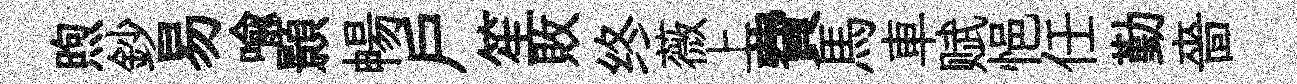
煦鈔易喩顥暢户笙敗终薇上費馬車赋悒任勤嗇